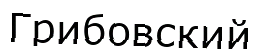
Грибовский